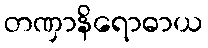
တဏှာနိရောဓာယ